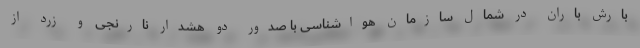
بارش باران در شمال سازمان هواشناسی با صدور دو هشدار نارنجی و زرد از